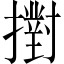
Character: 𢷮